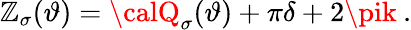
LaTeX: \mathbb{Z}_{\sigma}(\vartheta)={\calQ}_{\sigma}(\vartheta)+\pi\delta+2\pik\: .